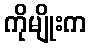
ကိုမျိုးက